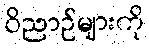
ဝိညာဉ်များကို